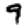
Digit: 9